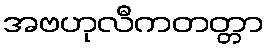
အဗဟုလီကတတ္တာ